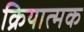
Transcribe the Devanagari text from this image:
क्रियात्‍मक